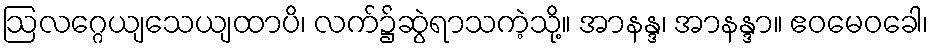
ဩလဂ္ဂေယျသေယျထာပိ၊ လက်၌ဆွဲရာသကဲ့သို့။ အာနန္ဒ၊ အာနန္ဒာ။ ဧဝမေဝခေါ၊